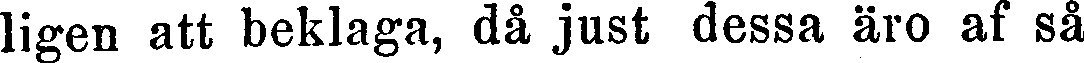
ligen att beklaga, då just dessa äro af så